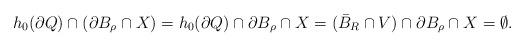
LaTeX: \begin{align*}h_0(\partial Q)\cap (\partial B_\rho \cap X) = h_0(\partial Q)\cap \partial B_\rho\cap X = (\bar{B}_R\cap V) \cap \partial B_\rho\cap X = \emptyset.\end{align*}